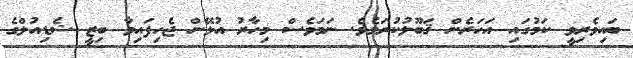
ބައިވެރިވީ ކަމުގައި އަހަރެން ޤަބޫލުކުރަމެވެ. ނަމަވެސް މިހާރު އުޅޭން ޖެހިފައިވާ ބިޒީ ޝެޑިއުލްގެ